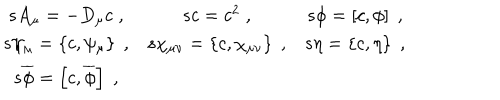
LaTeX: \begin{array} { c c c } { { s A _ { \mu } = - D _ { \mu } c \; , } } & { { s c = c ^ { 2 } \; , } } & { { s \phi = \left[ c , \phi \right] \; , } } \\ { { s \psi _ { \mu } = \left\{ c , \psi _ { \mu } \right\} \; , } } & { { s \chi _ { \mu \nu } = \left\{ c , \chi _ { \mu \nu } \right\} \; , } } & { { s \eta = \left\{ c , \eta \right\} \; , } } \\ { { s \overline { { { \phi } } } = \left[ c , \overline { { { \phi } } } \right] \; , } } & { { } } & { { } } \\ \end{array}